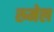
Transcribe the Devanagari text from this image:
रुमेल